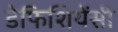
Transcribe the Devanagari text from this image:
डेफिशियेंसी